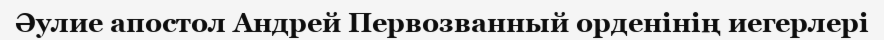
Әулие апостол Андрей Первозванный орденінің иегерлері